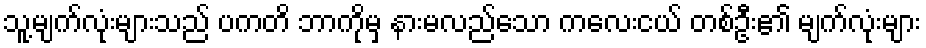
သူ့မျက်လုံးများသည် ပကတိ ဘာကိုမှ နားမလည်သော ကလေးငယ် တစ်ဦး၏ မျက်လုံးများ